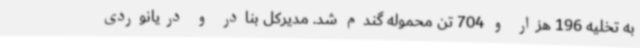
به تخلیه 196 هزار و 704 تن محموله گندم شد. مدیرکل بنادر و دریانوردی